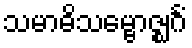
သမာဓိသမ္ဗောဇ္ဈင်္ဂံ